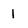
Character: 1